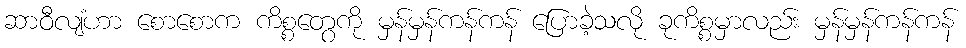
ဆာဝီလျံဟာ စောစောက ကိစ္စတွေကို မှန်မှန်ကန်ကန် ပြောခဲ့သလို ခုကိစ္စမှာလည်း မှန်မှန်ကန်ကန်